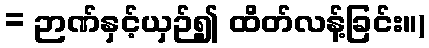
= ဉာဏ်နှင့်ယှဉ်၍ ထိတ်လန့်ခြင်း။)